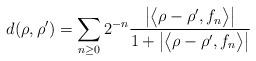
LaTeX: \begin{align*}d(\rho,\rho')=\sum_{n\geq0}2^{-n}\frac{\left|\big\langle \rho-\rho',f_{n}\big\rangle\right|}{1+\left|\big\langle \rho-\rho',f_{n}\big\rangle\right|}\end{align*}